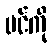
ပင်ကို